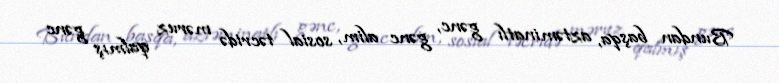
Bundan başqa, aztəminatlı gənc, gənc alim, sosial təcridə məruz qalmış gənc